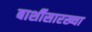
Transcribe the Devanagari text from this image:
बार्शीसारख्या